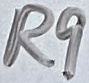
Text: R9